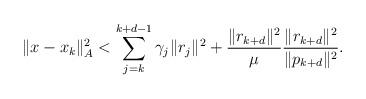
LaTeX: \begin{align*}\|x-x_{k}\|_{A}^{2} < \sum_{j=k}^{k+d-1}\gamma_{j}\|r_{j}\|^{2}+\frac{\|r_{k+d}\|^{2}}{\mu}\frac{\|r_{k+d}\|^{2}}{\|p_{k+d}\|^{2}}.\end{align*}